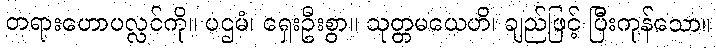
တရားဟောပလ္လင်ကို။ ပဌမံ၊ ရှေးဦးစွာ။ သုတ္တမယေဟိ၊ ချည်ဖြင့် ပြီးကုန်သော။